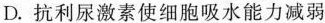
D.抗利尿激素使细胞吸水能力减弱